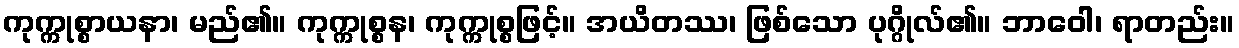
ကုက္ကုစ္စာယနာ၊ မည်၏။ ကုက္ကုစ္စန၊ ကုက္ကုစ္စဖြင့်။ အယိတဿ၊ ဖြစ်သော ပုဂ္ဂိုလ်၏။ ဘာဝေါ၊ ရာတည်း။